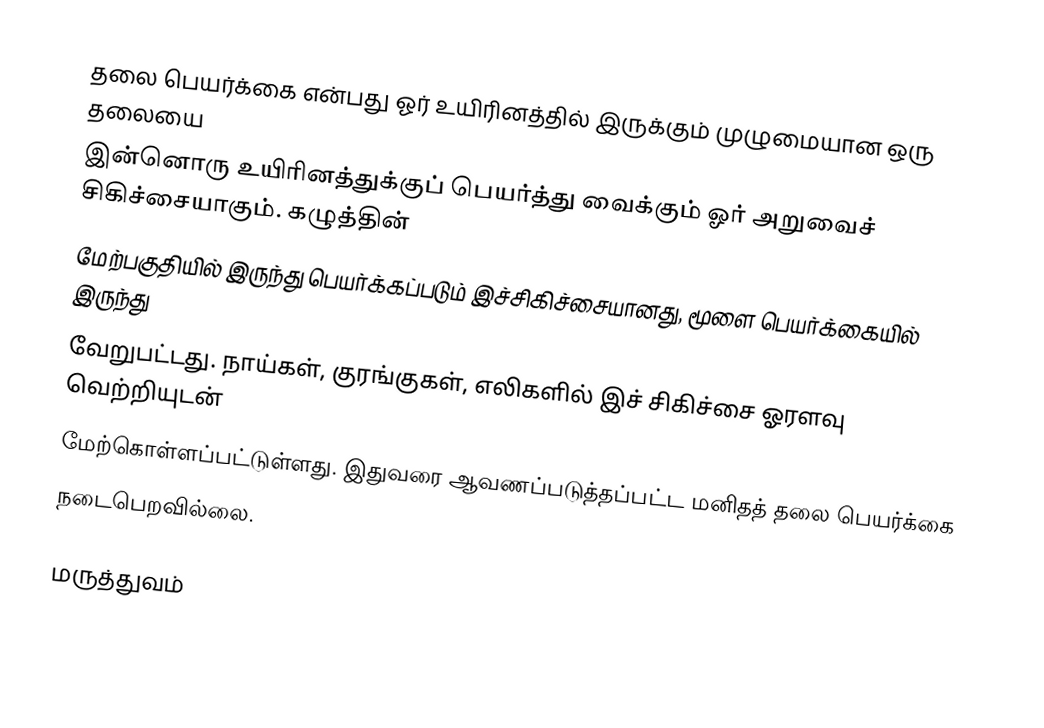
தலை பெயர்க்கை என்பது ஓர் உயிரினத்தில் இருக்கும் முழுமையான ஒரு தலையை
இன்னொரு உயிரினத்துக்குப் பெயர்த்து வைக்கும் ஓர் அறுவைச் சிகிச்சையாகும். கழுத்தின்
மேற்பகுதியில் இருந்து பெயர்க்கப்படும் இச்சிகிச்சையானது, மூளை பெயர்க்கையில் இருந்து
வேறுபட்டது. நாய்கள், குரங்குகள், எலிகளில் இச் சிகிச்சை ஓரளவு வெற்றியுடன்
மேற்கொள்ளப்பட்டுள்ளது. இதுவரை ஆவணப்படுத்தப்பட்ட மனிதத் தலை பெயர்க்கை
நடைபெறவில்லை.

மருத்துவம்